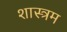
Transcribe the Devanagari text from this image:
शास्त्रम